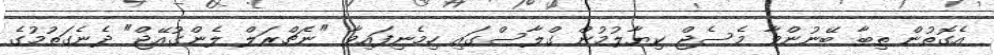
އެގޮތުން ތިބާ ބޭނުންވާ މެސެޖް ކިޔާލުމުން ގްލާސްގައި ހިމެނިފައިވާ "ނެޗްރަލް ލެންގުއޭޖް" ދެނެގަތުމުގެ